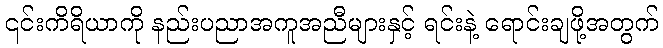
၎င်းကိရိယာကို နည်းပညာအကူအညီများနှင့် ရင်းနဲ့ ရောင်းချဖို့အတွက်